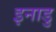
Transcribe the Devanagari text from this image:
इनाडु